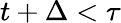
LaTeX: t+\Delta<\tau